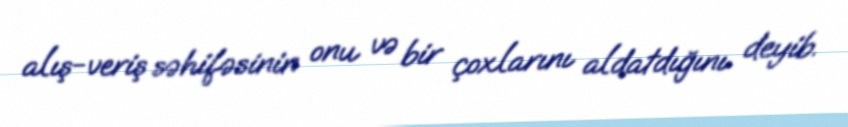
alış-veriş səhifəsinin onu və bir çoxlarını aldatdığını deyib.